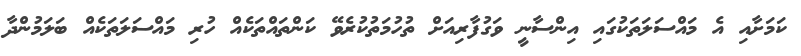
ކަމަށާއި އެ މައްސަލަތަކުގައި އިންސާނީ ވަގުފާރިއަށް ތުހުމަތުކުރެވޭ ކަންތައްތަކެއް ހުރި މައްސަލަތަކެއް ބަލަމުންދާ